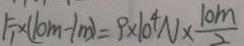
F _ { 1 } \times ( 1 0 m - 1 m ) = 9 \times 1 0 ^ { 4 } N \times \frac { 1 0 m } { 2 }